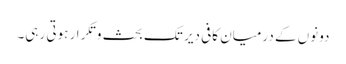
دونوں کے درمیان کافی دیر تک بحث و تکرار ہوتی رہی۔